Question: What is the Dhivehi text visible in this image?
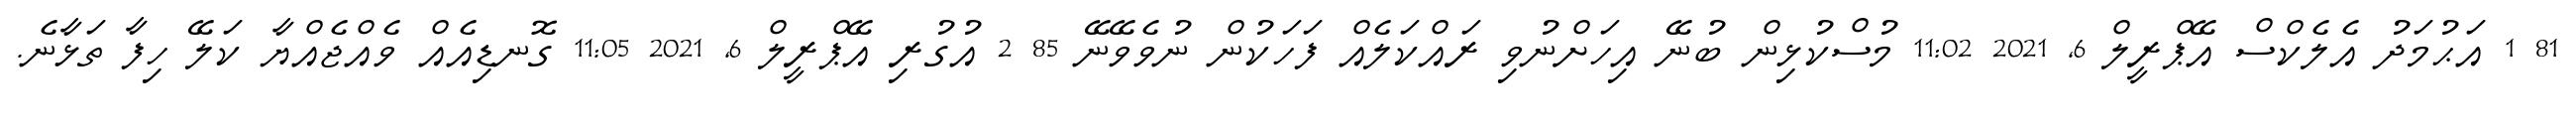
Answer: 81 1 އަޙުމަދު އެލެކްސް އޭޕްރީލް 6, 2021 11:02 މުސްކުޅިން ބުނޭ އިހަށްނުވި ރައްކަލެއް ފަހަކުން ނުވެވޭނޭ 85 2 އުގުރި އޭޕްރީލް 6, 2021 11:05 ގޮނޑިއެއް ވެއްޖެއްޔާ ކަލޭ ހިފާ ތަޅާނެ.